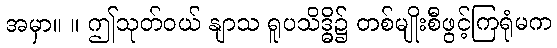
အမှာ။ ။ ဤသုတ်ဝယ် နျာသ ရူပသိဒ္ဓိ၌ တစ်မျိုးစီဖွင့်ကြရုံမက